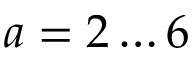
a = 2 \dots 6